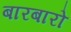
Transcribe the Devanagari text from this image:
बारबारो